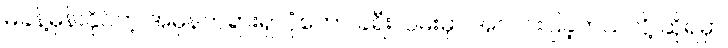
မခန့်မှန်းနိုင်တဲ့ အမှန်တရားရှာပုံတော် ခရီးလမ်းမှာ အလင်းပြခဲ့တယ်လို့ ဆိုရမှာ